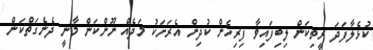
ކުޅެލާފަދަ ރީތިކަން ލިބިފައިވާ ފިރިހެން ކުދިން އެރަށަކު މަދެއް ނޫންކަން މާނީ ދެނެގަތްކަން